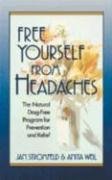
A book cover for Free Yourself from Headaches: Second Edition; Jan Stromfeld; Health, Fitness & Dieting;